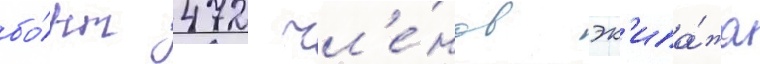
бо́рт 472 чл'е́нов эк'ипа́жа